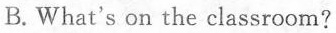
B. What's on the classroom?